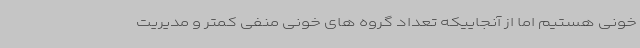
خونی هستیم اما از آنجاییکه تعداد گروه های خونی منفی کمتر و مدیریت